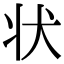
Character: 状